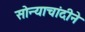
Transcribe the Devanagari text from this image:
सोन्याचांदीने